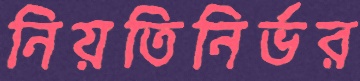
নিয়তিনির্ভর